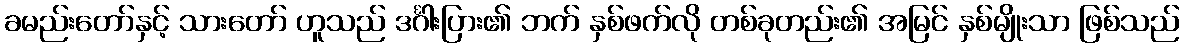
ခမည်းတော်နှင့် သားတော် ဟူသည် ဒင်္ဂါးပြား၏ ဘက် နှစ်ဖက်လို တစ်ခုတည်း၏ အမြင် နှစ်မျိုးသာ ဖြစ်သည်